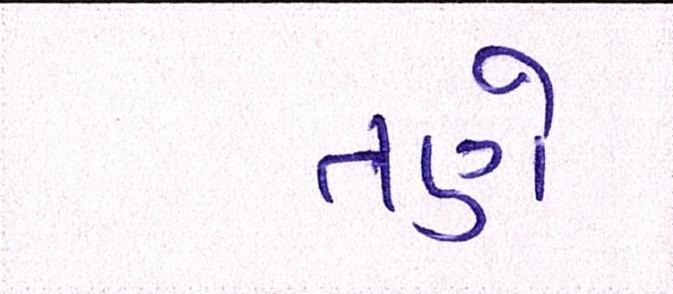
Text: તણે